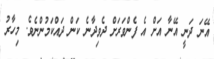
އޭނަ ދަނީ އޭނާ އަށް އެ ފެންވަރަށް ދެވިދާނެ ކަން ދައްކަމުންނެވެ. މިހާރު